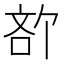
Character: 𪡍